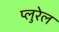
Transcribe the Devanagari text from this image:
प्लुरेल